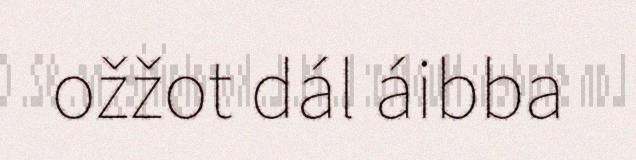
ožžot dál áibba